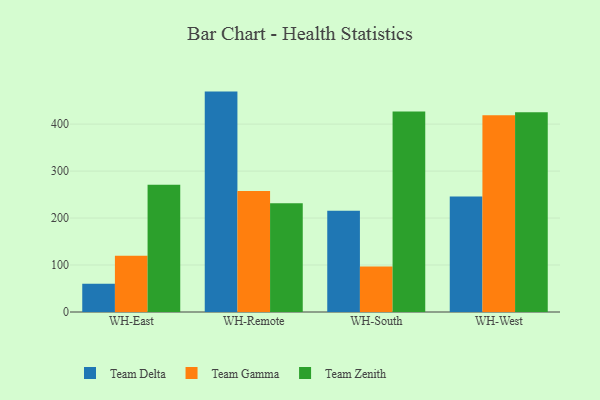
{"axis": {"x": "Warehouse", "y": "Demand Index"}, "legend": ["Team Delta", "Team Gamma", "Team Zenith"], "data": [{"x": "WH-East", "y": 60.2, "type": "Team Delta"}, {"x": "WH-East", "y": 119.6, "type": "Team Gamma"}, {"x": "WH-East", "y": 270.7, "type": "Team Zenith"}, {"x": "WH-Remote", "y": 469.2, "type": "Team Delta"}, {"x": "WH-Remote", "y": 257.6, "type": "Team Gamma"}, {"x": "WH-Remote", "y": 231.6, "type": "Team Zenith"}, {"x": "WH-South", "y": 215.5, "type": "Team Delta"}, {"x": "WH-South", "y": 96.7, "type": "Team Gamma"}, {"x": "WH-South", "y": 426.8, "type": "Team Zenith"}, {"x": "WH-West", "y": 246.1, "type": "Team Delta"}, {"x": "WH-West", "y": 418.6, "type": "Team Gamma"}, {"x": "WH-West", "y": 425.1, "type": "Team Zenith"}]}